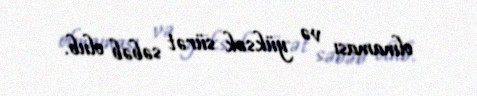
olmaması və yüksək sürət səbəb olub.